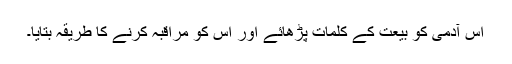
اس آدمی کو بیعت کے کلمات پڑھائے اور اس کو مراقبہ کرنے کا طریقہ بتایا۔